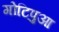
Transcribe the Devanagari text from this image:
गोटिपुआ